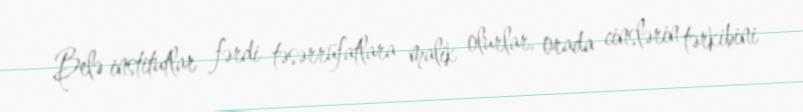
Belə institutlar fərdi təsərrüfatlara malik olurlar, orada cinslərin tərkibini